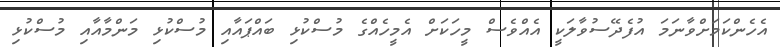
އެހެންކަމަށްވާނަމަ އުފެދޭސުވާލަކީ އެއްވެސް މީހަކަށް އެމީހެއްގެ މުސްކުޅި ބައްޕައާއި މުސްކުޅި މަންމާއާއި މުސްކުޅި